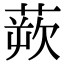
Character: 𫟔